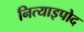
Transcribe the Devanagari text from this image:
नित्याइपोद